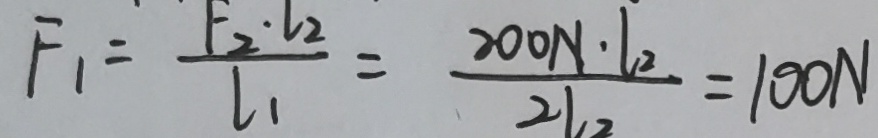
F _ { 1 } = \frac { F _ { 2 } \cdot l _ { 2 } } { l _ { 1 } } = \frac { 2 0 0 N \cdot l _ { 2 } } { 2 l _ { 2 } } = 1 0 0 N